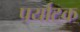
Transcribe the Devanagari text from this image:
पर्याटक